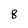
Character: 8